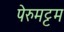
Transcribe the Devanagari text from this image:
पेरुमट्टम